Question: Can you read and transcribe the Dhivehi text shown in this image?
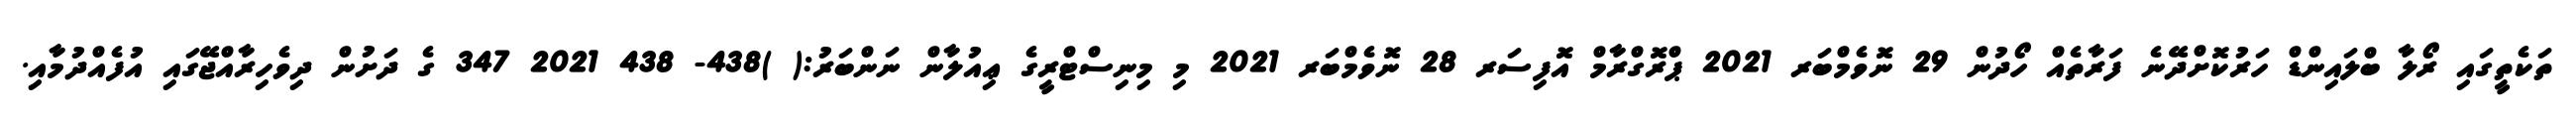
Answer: ތަކެތީގައި ރޯލާ ބްލައިންޑް ހަރުކޮށްދޭނެ ފަރާތެއް ހޯދުން 29 ނޮވެމްބަރ 2021 ޕްރޮގްރާމް އޮފިސަރ 28 ނޮވެމްބަރ 2021 މި މިނިސްޓްރީގެ ޢިއުލާން ނަންބަރު:( )438- 438 2021 347 ގެ ދަށުން ދިވެހިރާއްޖޭގައި އުފެއްދުމާއި.